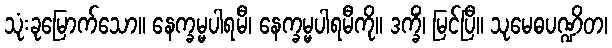
သုံးခုမြောက်သော။ နေက္ခမ္မပါရမီ၊ နေက္ခမ္မပါရမီကို။ ဒက္ခိံ၊ မြင်ပြီ။ သုမေဓပဏ္ဍိတ၊